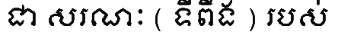
ជា សរណៈ ( ទីពឹង ) របស់